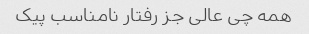
همه چی عالی جز رفتار نامناسب پیک